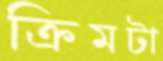
ক্রিমটা